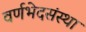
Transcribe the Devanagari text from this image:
वर्णभेदसंस्था